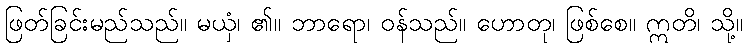
ဖြတ်ခြင်းမည်သည်။ မယှံ၊ ၏။ ဘာရော၊ ဝန်သည်။ ဟောတု၊ ဖြစ်စေ။ ဣတိ၊ သို့။